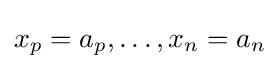
x_{p}=a_{p},\ldots ,x_{n}=a_{n}